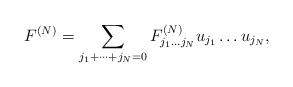
LaTeX: \begin{align*}F^{(N)}=\sum_{j_1+\dots+j_N=0} F^{(N)}_{j_1 \dots j_N} u_{j_1}\dots u_{j_N},\end{align*}